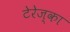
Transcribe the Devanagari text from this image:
टेरेज्का